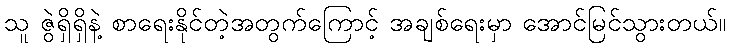
သူ ဇွဲရှိရှိနဲ့ စာရေးနိုင်တဲ့အတွက်ကြောင့် အချစ်ရေးမှာ အောင်မြင်သွားတယ်။